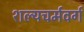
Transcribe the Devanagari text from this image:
शल्यचर्मवर्ग